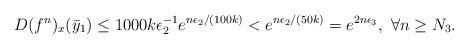
LaTeX: \begin{align*}D(f^n)_x(\bar{y}_1)\leq 1000 k \epsilon_2^{-1}e^{n\epsilon_2/(100k)} < e^{n\epsilon_2/(50k)} = e^{2n\epsilon_3}, \ \forall n\geq N_3. \end{align*}